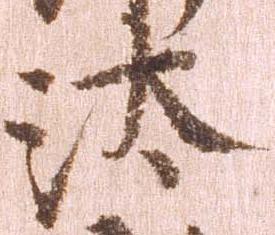
汰